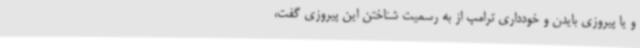
و یا پیروزی بایدن و خودداری ترامپ از به رسمیت شناختن این پیروزی گفت،